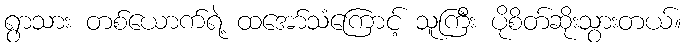
ရွာသား တစ်ယောက်ရဲ့ ထအော်သံကြောင့် သူကြီး ပိုစိတ်ဆိုးသွားတယ်။